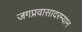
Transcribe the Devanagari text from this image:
जगप्रवासादरम्यान